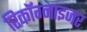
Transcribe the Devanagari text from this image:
रिकॉग्नाइजर